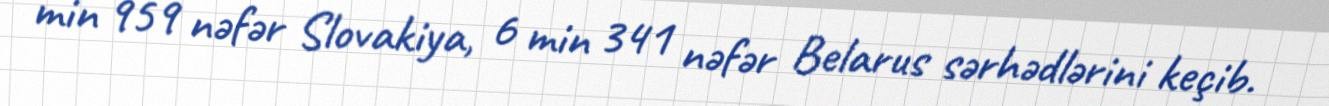
min 959 nəfər Slovakiya, 6 min 341 nəfər Belarus sərhədlərini keçib.